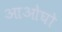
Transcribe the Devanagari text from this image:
आओघो